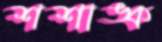
শশাঙ্ক